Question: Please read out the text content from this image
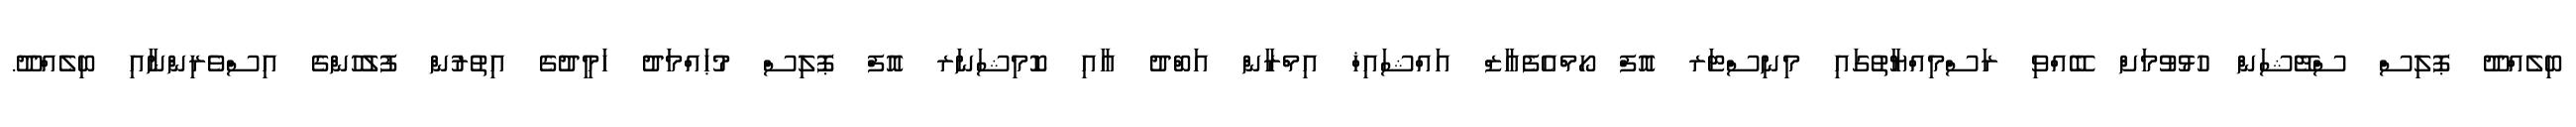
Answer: ބިލެއްދޫ ޕޮލިސް ސްޓޭޝަން ހުޅުވުމަށް ބޭއްވި ރަސްމިއްޔާތުގައި މިނިސްޓަރ އޮފް ހޯމްއެފެއާޒް އައްޝައިޚް އިމްރާން އަބްދު އާއި ކޮމިޝަނަރ އޮފް ޕޮލިސް މުޙައްމަދު ހަމީދުގެ އިތުރުން ފުލުހުންގެ އިސްވެރިންނާއި ބިލެއްދޫ.